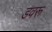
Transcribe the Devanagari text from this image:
डवरू